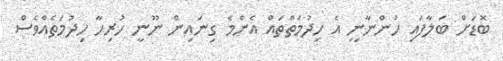
ބޮޑަށް ބަލާފައި ހުންނާނީ އެ ހިދުމަތްތައް އެންމެ ގިނައިން ނޫނީ ހުރިހާ ހިދުމަތެއްވެސް